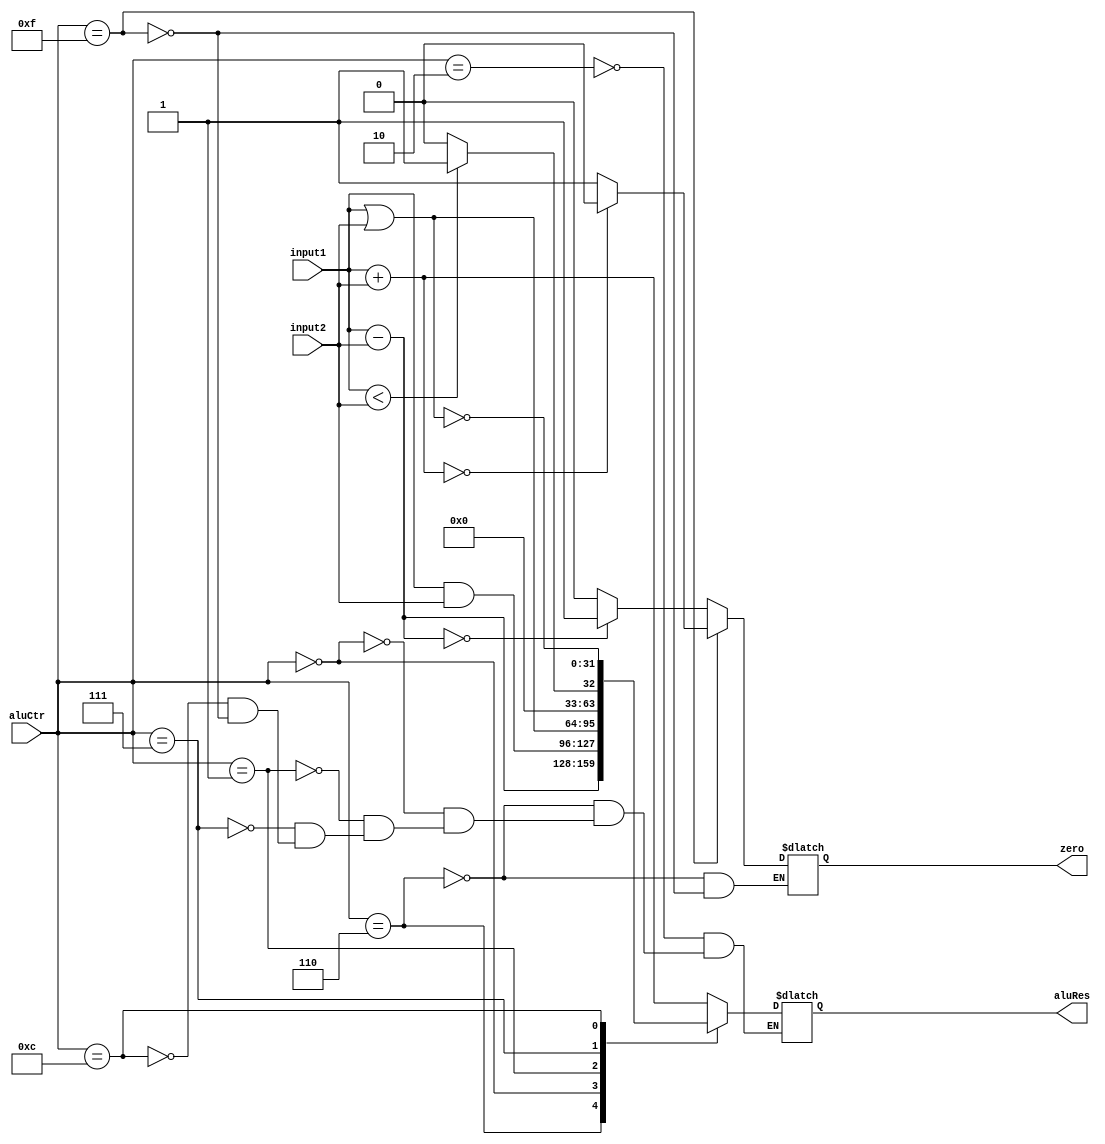
`timescale 1ns / 1ps
//////////////////////////////////////////////////////////////////////////////////
// Company: 
// Engineer: 
// 
// Design Name: 
// Module Name:    Alu 
// Project Name: 
// Target Devices: 
// Tool versions: 
// Description: 
//
// Dependencies: 
//
// Revision: 
// Revision 0.01 - File Created
// Additional Comments: 
//
//////////////////////////////////////////////////////////////////////////////////
module Alu(
    input [31:0] input1,
    input [31:0] input2,
    input [3:0] aluCtr,
    output reg zero,
    output reg [31:0] aluRes
    );
    //reg zero;
	 //reg [31:0] aluRes;
	 
	 always @ ( input1 or input2 or aluCtr )
	 begin
	     case( aluCtr )
		  4'b0010://add
		      aluRes = input1 + input2;
		  4'b0110: //sub
		     begin
			  aluRes = input1 - input2;
			  if(aluRes == 0 ) zero = 1;
			  else zero = 0;
			  end
		  4'b0000: //and
		       aluRes = input1&input2;
		  4'b0001: //or
		       aluRes = input1|input2;
		  4'b0111: //sltu(without signed) 
		       begin
				 if(input1 < input2 ) aluRes = 1;
				 else aluRes = 0;
				 end
			4'b1100: //nor
			    aluRes = ~(input1|input2);
			4'b1111: //bne
				 begin 
				 aluRes = input1 + input2;
				 if(aluRes == 0) zero = 0;
				 else zero = 1;
				 end
			endcase
	  end
		  

endmodule